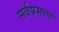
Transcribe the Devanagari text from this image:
सर्वप्रमाण